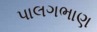
પાલગભાણ